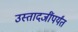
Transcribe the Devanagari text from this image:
उस्तादजींपर्यंत